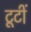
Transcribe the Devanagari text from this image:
टूटीं